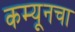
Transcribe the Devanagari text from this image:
कम्यूनचा